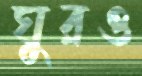
ঘুরও